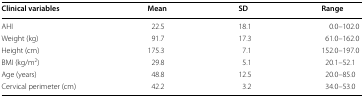
<table><thead><tr><td><b>Clinical variables</b></td><td><b>Mean</b></td><td><b>SD</b></td><td><b>Range</b></td></tr></thead><tbody><tr><td>AHI</td><td>22.5</td><td>18.1</td><td>0.0–102.0</td></tr><tr><td>Weight (kg)</td><td>91.7</td><td>17.3</td><td>61.0–162.0</td></tr><tr><td>Height (cm)</td><td>175.3</td><td>7.1</td><td>152.0–197.0</td></tr><tr><td>BMI (kg/m<sup>2</sup>)</td><td>29.8</td><td>5.1</td><td>20.1–52.1</td></tr><tr><td>Age (years)</td><td>48.8</td><td>12.5</td><td>20.0–85.0</td></tr><tr><td>Cervical perimeter (cm)</td><td>42.2</td><td>3.2</td><td>34.0–53.0</td></tr></tbody></table>